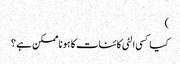
)
کیا کسی الٹی کائنات کا ہونا ممکن ہے ؟